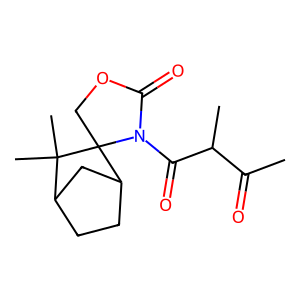
SMILES: CC(=O)C(C)C(=O)N1C(=O)OCC12C1CCC(C1)C2(C)C
Inhibits HIV replication: No